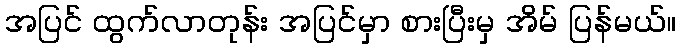
အပြင် ထွက်လာတုန်း အပြင်မှာ စားပြီးမှ အိမ် ပြန်မယ်။